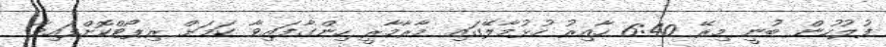
ފުލުހުން ބުނީ މިރޭ 6:40 ހާއިރު ހުޅުމާލޭގައި މާރާމާރީ ހިންގާފައިވާ ކަމަށް ރިޕޯޓްކޮށްފައިވާ